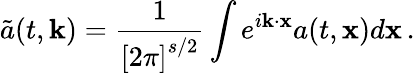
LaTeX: \tilde{a}(t,\mathbf{k})=\frac{1}{\left[2\pi\right]^{s/2}}\int e^{i\mathbf{k}\cdot\mathbf{x}}a(t,\mathbf{x})d\mathbf{x}\, .